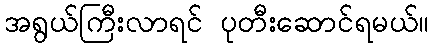
အရွယ်ကြီးလာရင် ပုတီးဆောင်ရမယ်။